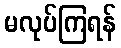
မလုပ်ကြရန်